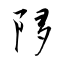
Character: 陊